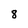
Character: 8